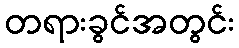
တရားခွင်အတွင်း